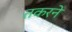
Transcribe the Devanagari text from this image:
तकरने